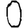
Digit: 0